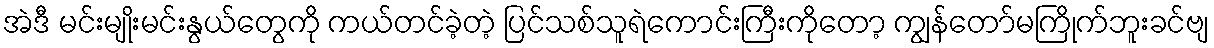
အဲဒီ မင်းမျိုးမင်းနွယ်တွေကို ကယ်တင်ခဲ့တဲ့ ပြင်သစ်သူရဲကောင်းကြီးကိုတော့ ကျွန်တော်မကြိုက်ဘူးခင်ဗျ